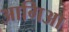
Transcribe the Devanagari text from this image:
आगिआ